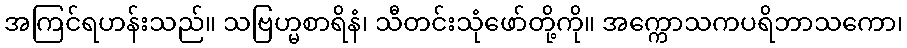
အကြင်ရဟန်းသည်။ သဗြဟ္မစာရိနံ၊ သီတင်းသုံဖော်တို့ကို။ အက္ကောသကပရိဘာသကော၊